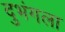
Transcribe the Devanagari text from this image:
दुभंगला